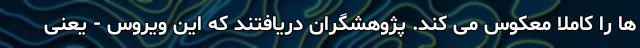
ها را کاملا معکوس می کند. پژوهشگران دریافتند که این ویروس - یعنی